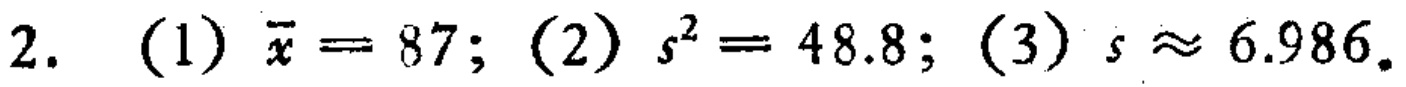
2. (1) $\overline{x}=87$; (2) $s^{2}=48.8$; (3) $s\approx6.986$.